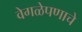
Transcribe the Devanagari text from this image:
वेगळेपणाचे